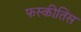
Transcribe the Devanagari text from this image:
फस्कीतिस